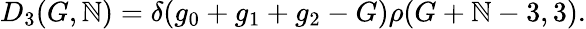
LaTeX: D_{3}(G,\mathbb{N})=\delta(g_{0}+g_{1}+g_{2}-G)\rho(G+\mathbb{N}-3,3).